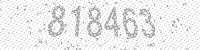
Solution: 818463